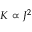
K \propto J ^ { 2 }